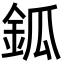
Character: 鈲